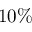
1 0 \%